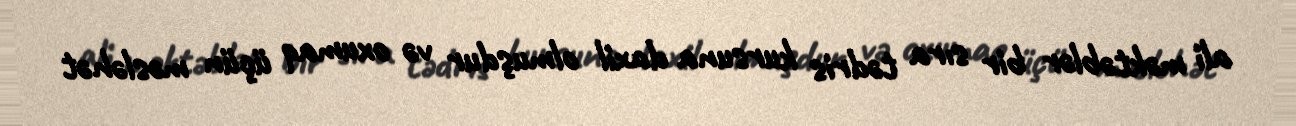
ali məktəblər bir sıra tədris kursuna daxil olmuşdur və oxumaq üçün məsləhət